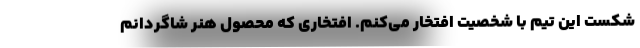
شکست این تیم با شخصیت افتخار می‌کنم. افتخاری که محصول هنر شاگردانم